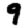
Digit: 9